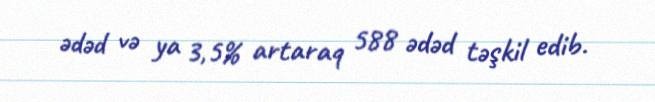
ədəd və ya 3,5% artaraq 588 ədəd təşkil edib.